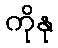
ကိုနု